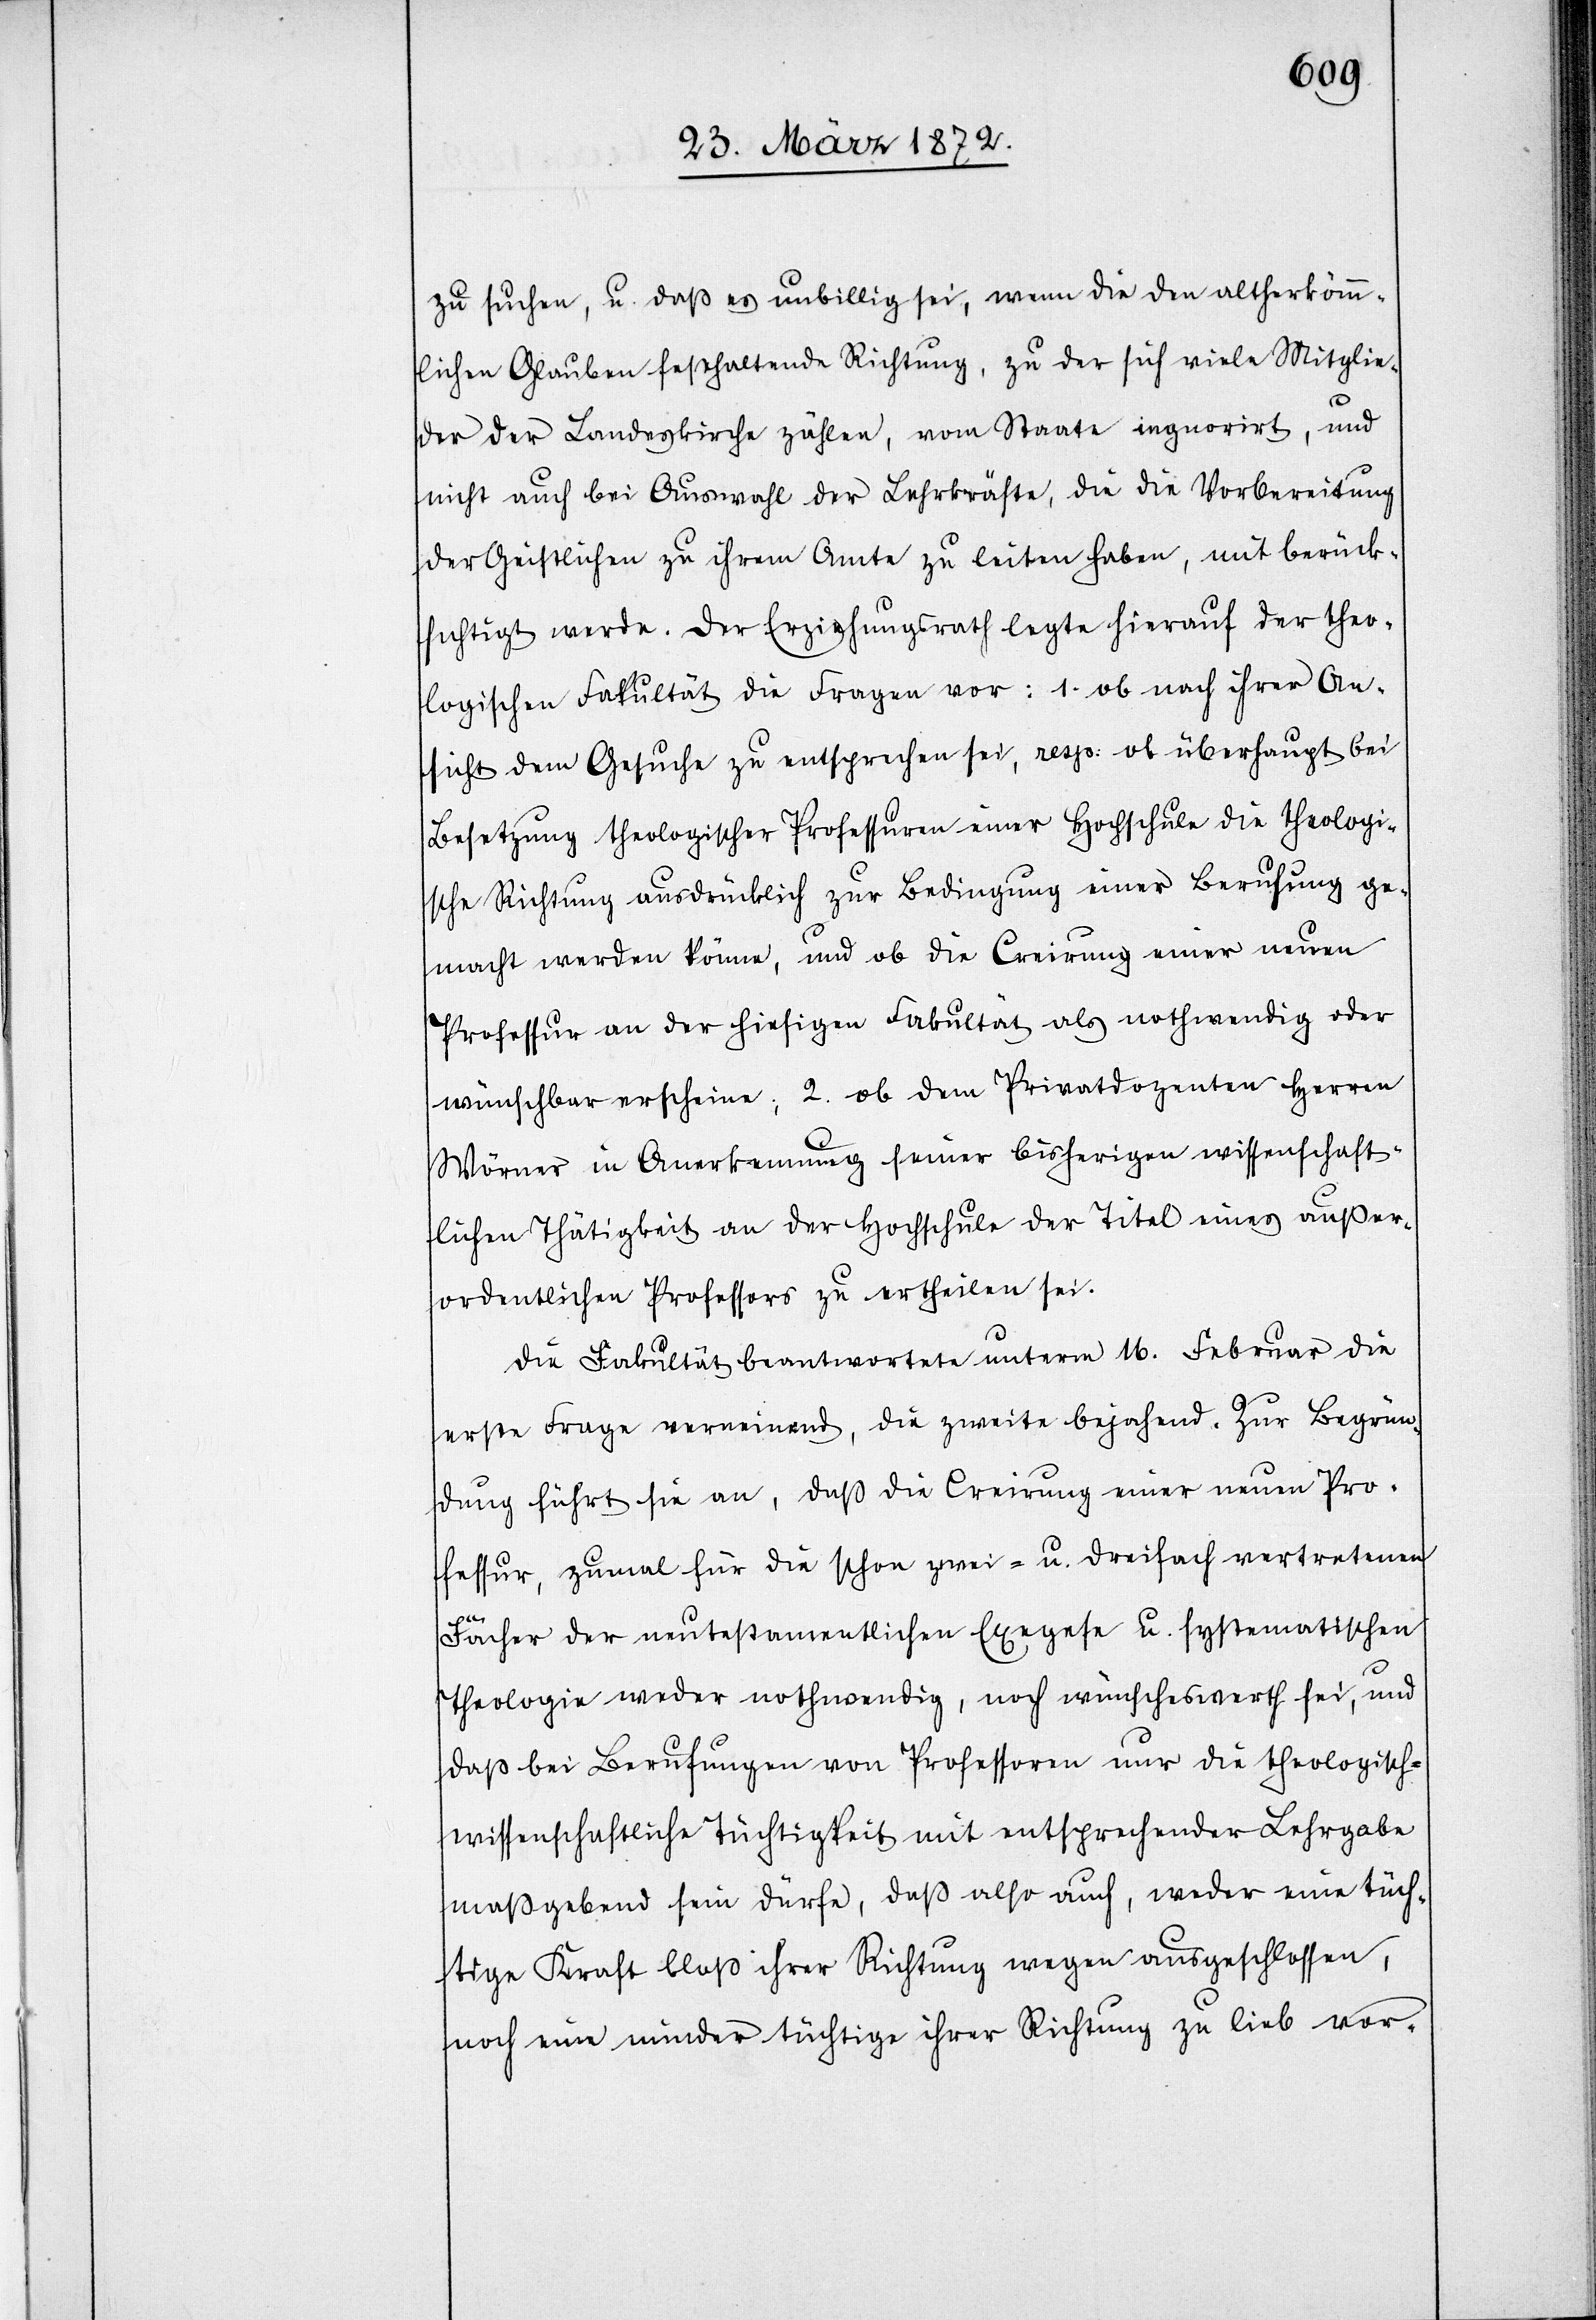
zu suchen, u. daß es unbillig sei, wenn die den altherkömm¬
lichen Glauben festhaltende Richtung, zu der sich viele Mitglie¬
der der Landeskirche zählen, vom Staate ignorirt, und
nicht auch bei Auswahl der Lehrkräfte, die die Vorbereitung
der Geistlichen zu ihrem Amte zu leiten haben, mit berück¬
sichtigt werde. Der Erziehungsrath legte hierauf der theo¬
logischen Fakultät die Fragen vor: 1. ob nach ihrer An¬
sicht dem Gesuche zu entsprechen sei, resp: ob überhaupt bei
Besetzung theologischer Professuren einer Hochschule die theologi¬
sche Richtung ausdrücklich zur Bedingung einer Berufung ge¬
macht werden könne, und ob die Creirung einer neuen
Professur an der hiesigen Fakultät als nothwendig oder
wünschbar erscheine; 2. ob dem Privatdozenten Herren
Wörner in Anerkennung seiner bisherigen wissenschaft¬
lichen Thätigkeit an der Hochschule der Titel eines außer¬
ordentlichen Professors zu ertheilen sei.
Die Fakultät beantwortete unterm 16. Februar die
erste Frage verneinend, die zweite bejahend. Zur Begrün¬
dung führt sie an, daß die Creirung einer neuen Pro¬
fessur, zumal für die schon zwei- u. dreifach vertretenen
Fächer der neutestamentlichen Exegese u. systematischen
Theologie weder nothwendig, noch wünschenswerth sei, und
daß bei Berufungen von Professoren nur die theologisch-w¬
issenschaftliche Tüchtigkeit mit entsprechender Lehrgabe
maßgebend sein dürfe, daß also auch, weder eine tüch¬
tige Kraft bloß ihrer Richtung wegen ausgeschlossen,
noch eine minder tüchtige ihrer Richtung zu lieb vor-